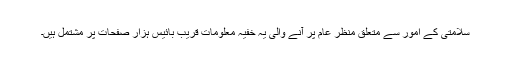
سلامتی کے امور سے متعلق منظر عام پر آنے والی یہ خفیہ معلومات قریب بائیس ہزار صفحات پر مشتمل ہیں۔